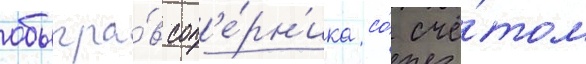
обыгра́в соп'е́рн'ика со́ счё́том